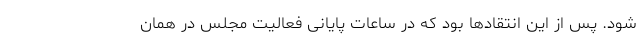
شود. پس از این انتقادها بود که در ساعات پایانی فعالیت مجلس در همان